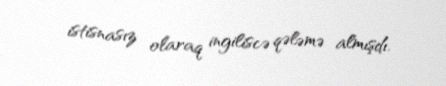
istisnasız olaraq ingiliscə qələmə almışdı.